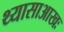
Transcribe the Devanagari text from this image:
थ्यासाआखः